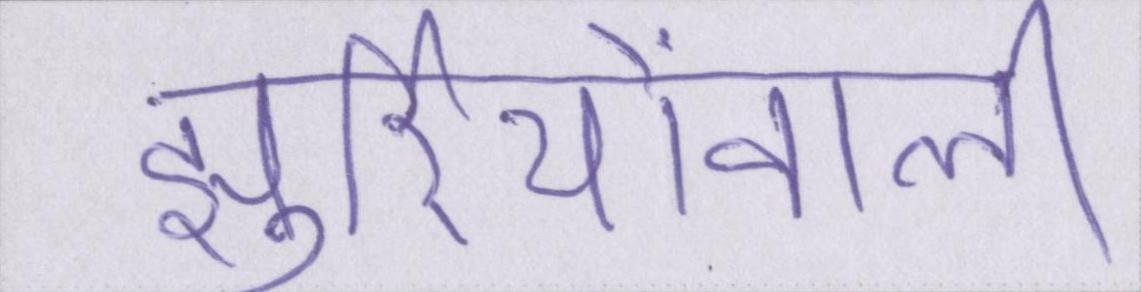
झुर्रियोंवाली